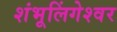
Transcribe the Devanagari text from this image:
शंभूलिंगेश्‍वर